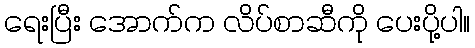
ရေးပြီး အောက်က လိပ်စာဆီကို ပေးပို့ပါ။